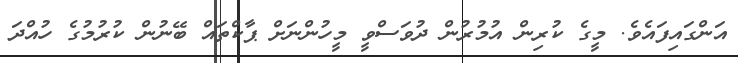
އަންގައިފައެވެ. މީގެ ކުރިން އުމުރުން ދުވަސްވީ މީހުންނަށް ޕާކްތައް ބޭނުން ކުރުމުގެ ހުއްދަ